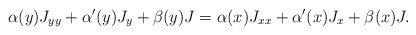
\begin{align*}\alpha(y)J_{yy}+\alpha'(y)J_{y}+\beta(y)J=\alpha(x)J_{xx}+\alpha'(x)J_{x}+\beta(x)J.\end{align*}